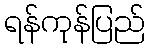
ရန်ကုန်ပြည်